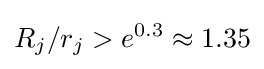
R_{j}/r_{j}>e^{0{.}3}\approx 1.35